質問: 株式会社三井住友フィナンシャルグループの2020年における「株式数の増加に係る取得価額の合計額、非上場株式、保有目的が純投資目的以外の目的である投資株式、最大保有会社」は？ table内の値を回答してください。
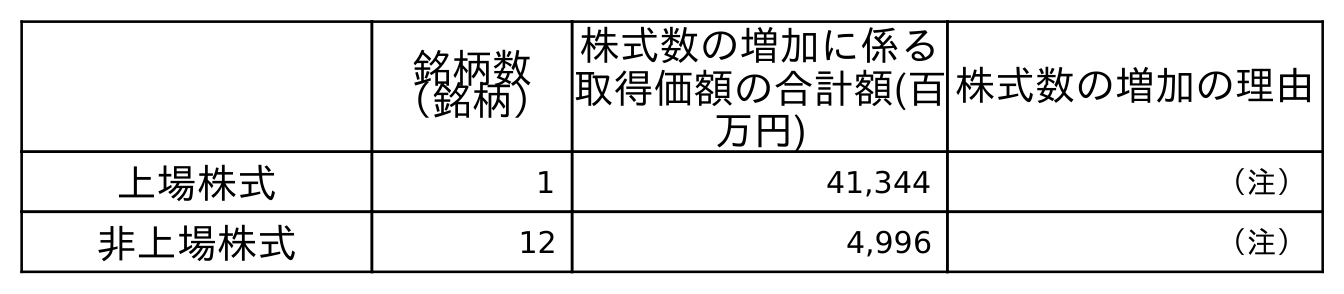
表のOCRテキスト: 銘柄数 （銘柄） 株式数の増加に係る 取得価額の合計額(百 万円) 株式数の増加の理由 上場株式 1 41,344 （注） 非上場株式 12 4,996 （注）
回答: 4,996